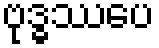
ဗုဒ္ဓဿပေ